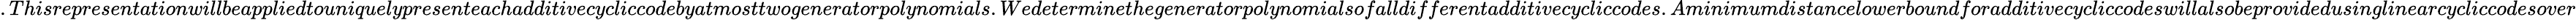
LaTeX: .Thisrepresentationwillbeappliedtouniquelypresenteachadditivecycliccodebyatmosttwogeneratorpolynomials.Wedeterminethegeneratorpolynomialsofalldifferentadditivecycliccodes.Aminimumdistancelowerboundforadditivecycliccodeswillalsobeprovidedusinglinearcycliccodesover